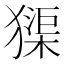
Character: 𤡷